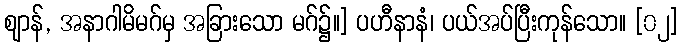
ဈာန်, အနာဂါမိမဂ်မှ အခြားသော မဂ်၌။] ပဟီနာနံ၊ ပယ်အပ်ပြီးကုန်သော။ [၀၂]